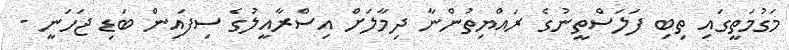
މަގުމަތީގައި ތިބި ފަލަސްތީނުގެ ރައްޔިތުންނާ ދިމާލަށް އިސްރާއީލުގެ ސިފައިން ބަޑި ޖަހަނީ -